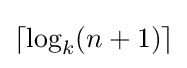
\lceil \log _{k}(n+1)\rceil